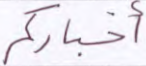
أخباركم